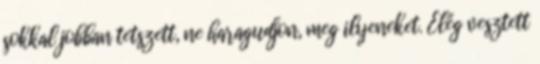
sokkal jobban tetszett, ne haragudjon, meg ilyeneket. Elég vesztett